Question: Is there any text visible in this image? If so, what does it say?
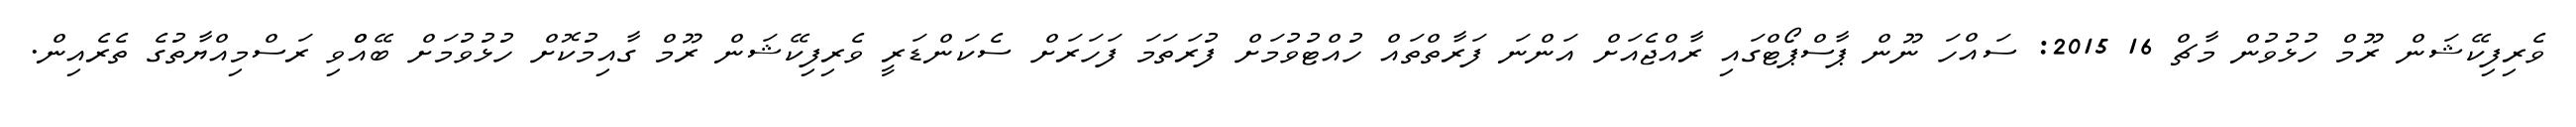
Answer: ވެރިފިކޭޝަން ރޫމް ހުޅުވުން މާޗް 16 2015: ސައްހަ ނޫން ޕާސްޕޯޓްގައި ރާއްޖެއަށް އަންނަ ފަރާތްތައް ހުއްޓުވުމަށް ފުރަތަމަ ފަހަރަށް ސެކަންޑަރީ ވެރިފިކޭޝަން ރޫމް ގާއިމުކޮށް ހުޅުވުމަށް ބޭއްްވި ރަސްމިއްޔާތުގެ ތެރެއިން.